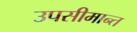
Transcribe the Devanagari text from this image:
उपसीमान्त